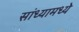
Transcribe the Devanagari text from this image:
सांध्यामध्ये